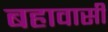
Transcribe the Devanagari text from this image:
बहावासी